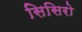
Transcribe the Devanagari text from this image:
सिसिरो